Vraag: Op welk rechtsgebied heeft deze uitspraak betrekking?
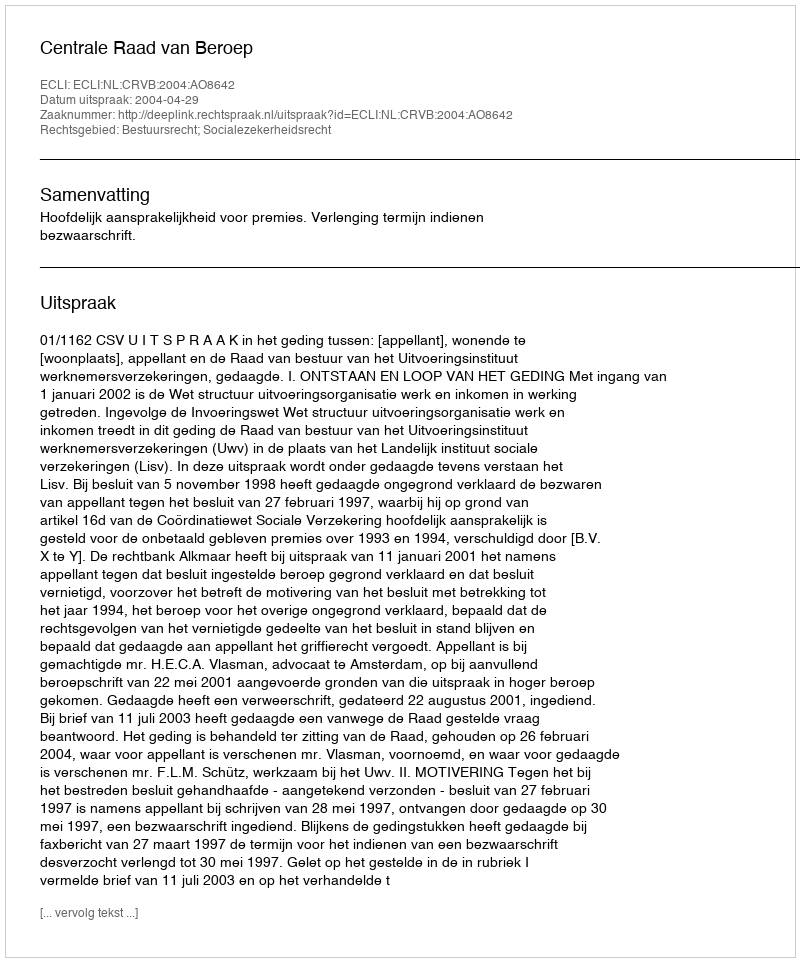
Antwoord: Bestuursrecht; Socialezekerheidsrecht